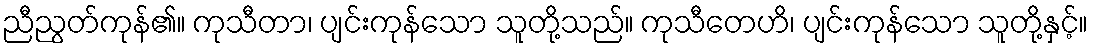
ညီညွတ်ကုန်၏။ ကုသီတာ၊ ပျင်းကုန်သော သူတို့သည်။ ကုသီတေဟိ၊ ပျင်းကုန်သော သူတို့နှင့်။